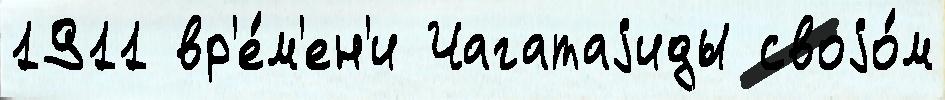
1911 вр'е́м'ен'и Чагатаjиды своjо́м